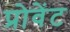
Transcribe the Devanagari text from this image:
प्रोवेंट